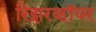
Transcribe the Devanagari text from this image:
रिझरव्हॉयर